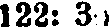
122: 35